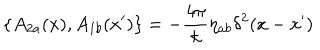
LaTeX: \{ A _ { 2 a } ( x ) , A _ { 1 b } ( x ^ { \prime } ) \} = - \frac { 4 \pi } { k } \eta _ { a b } \delta ^ { 2 } ( x - x ^ { \prime } )